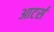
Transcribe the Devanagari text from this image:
आटर्स